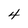
Character: 4